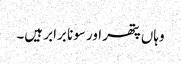
وہاں پتھر اور سونا برابر ہیں۔